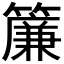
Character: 簾